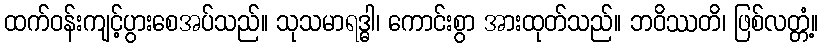
ထက်ဝန်းကျင့်ပွားစေအပ်သည်။ သုသမာရဒ္ဓါ၊ ကောင်းစွာ အားထုတ်သည်။ ဘဝိဿတိ၊ ဖြစ်လတ္တံ့။